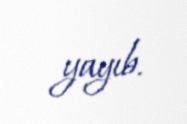
yayıb.